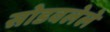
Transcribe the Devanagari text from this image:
सोडवलेले